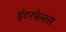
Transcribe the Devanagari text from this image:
इंटरफेसस